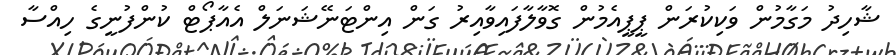
ޝާހިދު މަގާމުން ވަކިކުރަން ޕީޕީއެމުން ގޮވާލާފައިވާއިރު ގަން އިންޓަނޭޝަނަލް އެއާޕޯޓް ކުންފުނީގެ ހިއްސާ